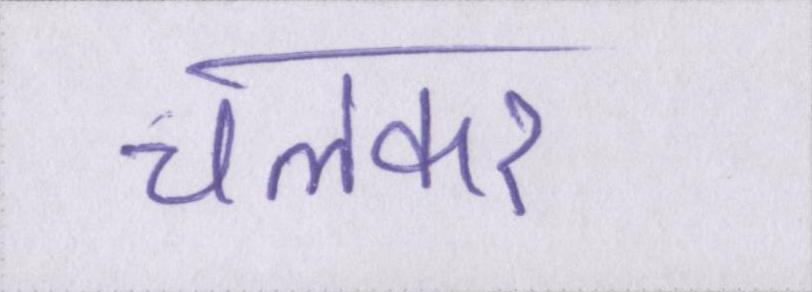
चलकर